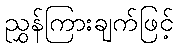
ညွှန်ကြားချက်ဖြင့်